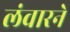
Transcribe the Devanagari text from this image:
लंवारने